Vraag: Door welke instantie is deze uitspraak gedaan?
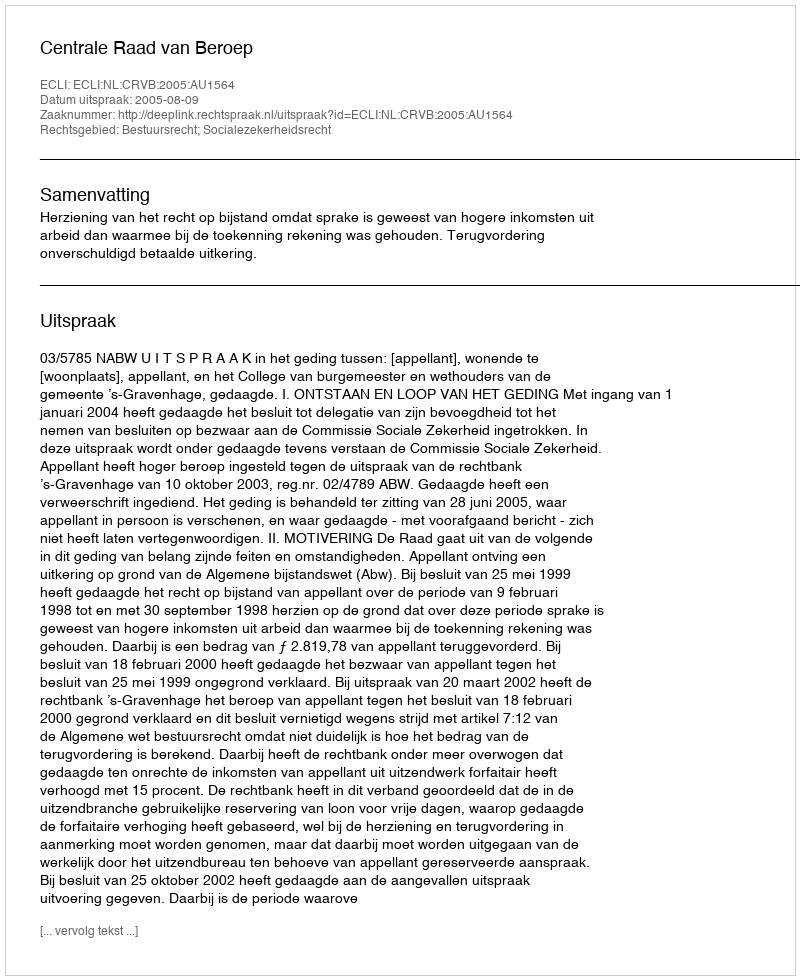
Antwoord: Centrale Raad van Beroep